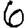
Digit: 6